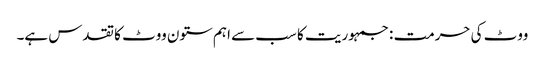
ووٹ کی حرمت : جمہوریت کا سب سے اہم ستون ووٹ کا تقدس ہے۔